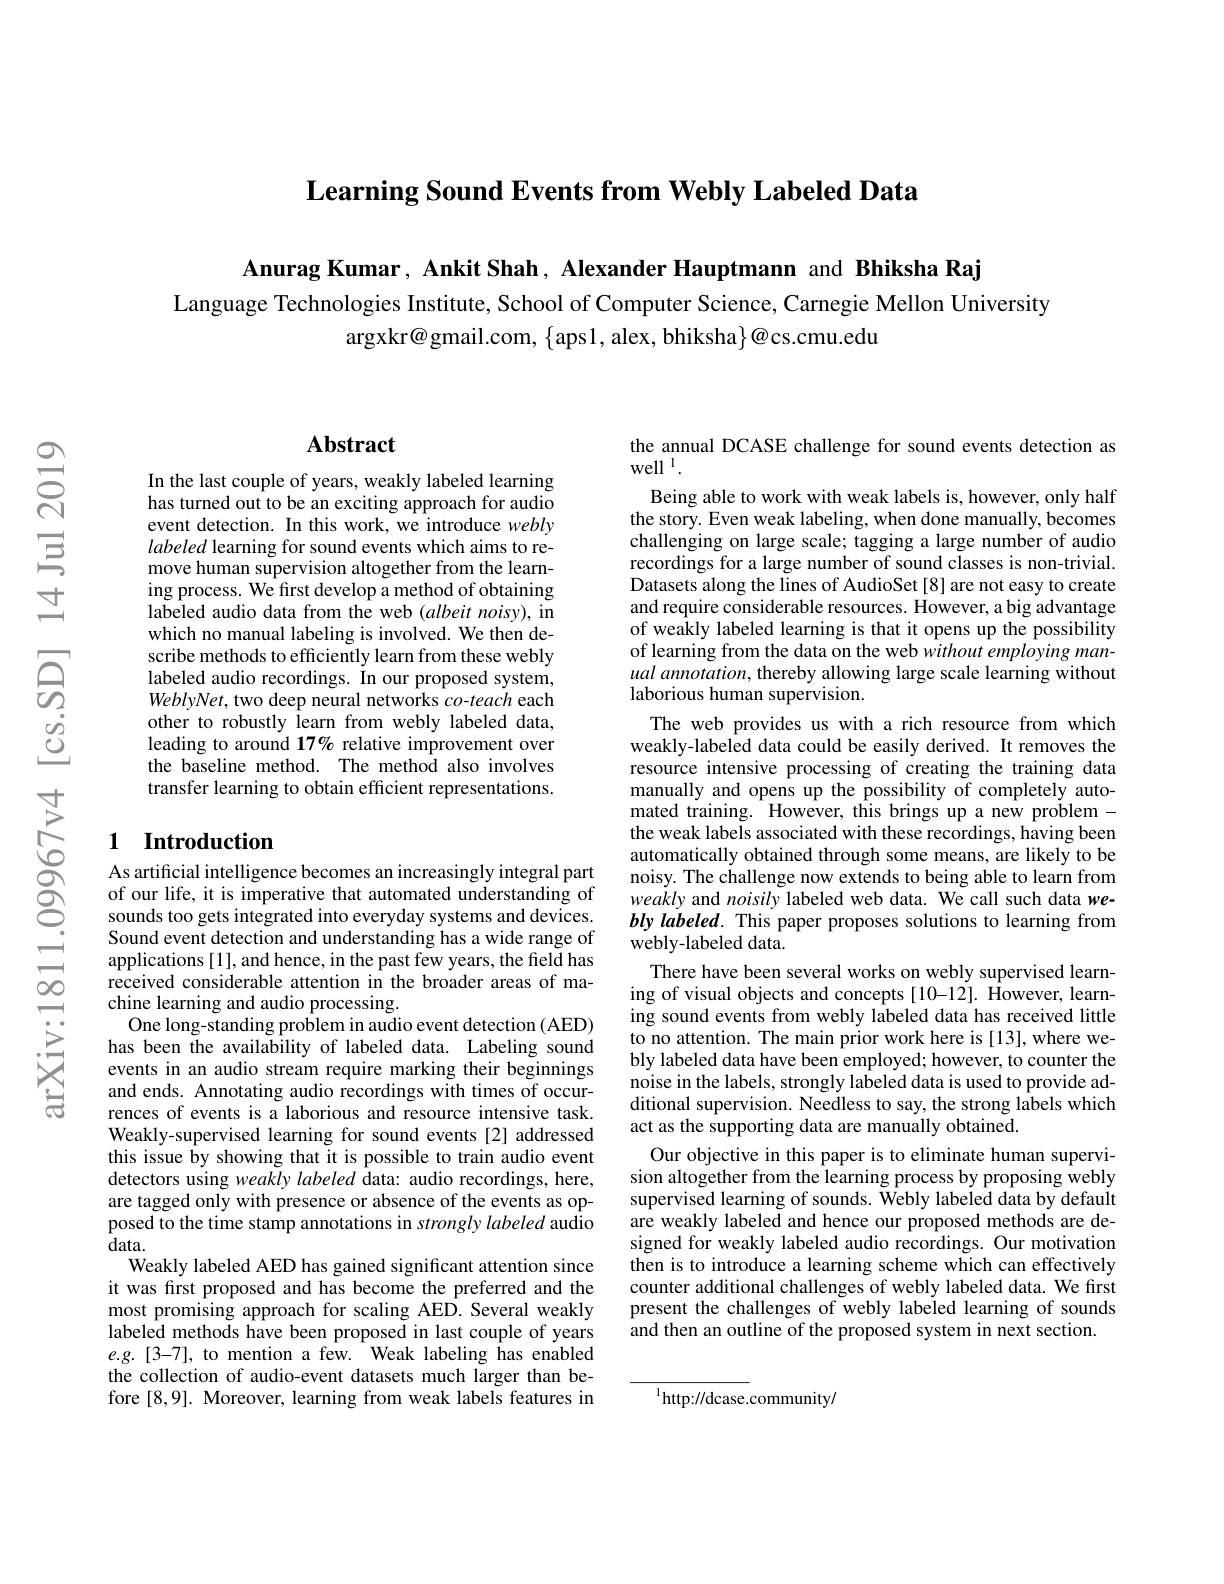
$\textbf{Learning Sound Events from Webly Labeled Data}$

Anurag Kumar, Ankit Shah, Alexander Hauptmann and Bhiksha Raj

Language Technologies Institute, School of Computer Science, Carnegie Mellon University
$\arg$xkr@gmail.com, $\{$aps1, alex, bhiksha$\}@$cs.cmu.edu

## $\mathbf{Abstract}$

In the last couple of years, weakly labeled learning has turned out to be an exciting approach for audio event detection. In this work, we introduce webly labeled learning for sound events which aims to remove human supervision altogether from the learning process. We first develop a method of obtaining labeled audio data from the web $(albeit$ noisy), in which no manual labeling is involved. We then describe methods to efficiently learn from these webly labeled audio recordings. In our proposed system, WeblyNet, two deep neural networks $co$-teach each other to robustly learn from webly labeled data, leading to around 17% relative improvement over the baseline method. The method also involves transfer learning to obtain efficient representations.

## 1 Introduction

As artificial intelligence becomes an increasingly integral part of our life, it is imperative that automated understanding of sounds too gets integrated into everyday systems and devices Sound event detection and understanding has a wide range of applications [1], and hence, in the past few years, the field has received considerable attention in the broader areas of machine learning and audio processing.
One long-standing problem in audio event detection (AED) has been the availability of labeled data. Labeling sound events in an audio stream require marking their beginnings and ends. Annotating audio recordings with times of occurrences of events is a laborious and resource intensive task. Weakly-supervised learning for sound events[2] addressed this issue by showing that it is possible to train audio event detectors using weakly labeled data: audio recordings, here, are tagged only with presence or absence of the events as opposed to the time stamp annotations in strongly labeled audio $data.$
Weakly labeled AED has gained significant attention since it was first proposed and has become the preferred and the most promising approach for scaling AED. Several weakly labeled methods have been proposed in last couple of years $e.g.[3-7]$, to mention a few. Weak labeling has enabled the collection of audio-event datasets much larger than before [8,9]. Moreover, learning from weak labels features in

the annual DCASE challenge for sound events detection as
well $^{1}.$

Being able to work with weak labels is, however, only half the story. Even weak labeling, when done manually, becomes challenging on large scale; tagging a large number of audio recordings for a large number of sound classes is non-trivial. Datasets along the lines of AudioSet [8] are not easy to create and require considerable resources. However, a big advantage of weakly labeled learning is that it opens up the possibility of learning from the data on the web without employing manual annotation, thereby allowing large scale learning without laborious human supervision.
The web provides us with a rich resource from which weakly-labeled data could be easily derived. It removes the resource intensive processing of creating the training data manually and opens up the possibility of completely automated training. However, this brings up a new problem - the weak labels associated with these recordings, having been automatically obtained through some means, are likely to be noisy. The challenge now extends to being able to learn from weakly and noisily labeled web data. We call such data webly labeled. This paper proposes solutions to learning from webly-labeled data.
There have been several works on webly supervised learning of visual objects and concepts [10-12]. However, learning sound events from webly labeled data has received little to no attention. The main prior work here is [13], where webly labeled data have been employed; however, to counter the noise in the labels, strongly labeled data is used to provide additional supervision. Needless to say, the strong labels which act as the supporting data are manually obtained.
Our objective in this paper is to eliminate human supervision altogether from the learning process by proposing webly supervised learning of sounds. Webly labeled data by default are weakly labeled and hence our proposed methods are designed for weakly labeled audio recordings. Our motivation then is to introduce a learning scheme which can effectively counter additional challenges of webly labeled data. We first present the challenges of webly labeled learning of sounds and then an outline of the proposed system in next section.

$^{1}$http://dcase.community/